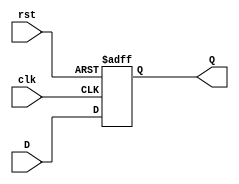
module FeedbackRegister #(
    parameter WIDTH = 8  // Configurable width of the register
)(
    input  wire clk,     // Clock signal
    input  wire rst,     // Reset signal
    input  wire [WIDTH-1:0] D, // Data input
    output reg  [WIDTH-1:0] Q  // Data output
);

    // Always block for sequential logic
    always @(posedge clk or posedge rst) begin
        if (rst) begin
            Q <= {WIDTH{1'b0}}; // Reset the register to 0
        end else begin
            Q <= D; // Capture the data input on the clock rising edge
        end
    end

endmodule